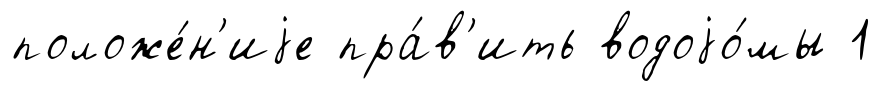
положе́н'иjе пра́в'ить водоjо́мы 1